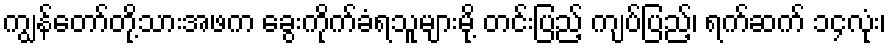
ကျွန်တော်တို့သားအဖက ခွေးကိုက်ခံရသူများမို့ တင်းပြည့် ကျပ်ပြည့်၊ ရက်ဆက် ၁၄လုံး၊